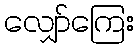
လျှော်ကြေး